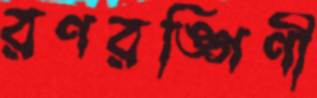
রণরঙ্গিণী